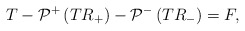
\begin{align*}T-\mathcal{P}^+\left(T R_+\right)-\mathcal{P}^-\left(T R_-\right)=F,\end{align*}